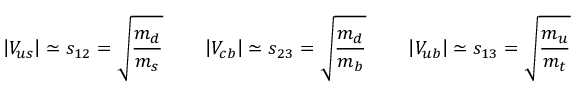
\left| V _ { u s } \right| \simeq s _ { 1 2 } = \sqrt { \frac { m _ { d } } { m _ { s } } } \qquad \left| V _ { c b } \right| \simeq s _ { 2 3 } = \sqrt { \frac { m _ { d } } { m _ { b } } } \qquad \left| V _ { u b } \right| \simeq s _ { 1 3 } = \sqrt { \frac { m _ { u } } { m _ { t } } }